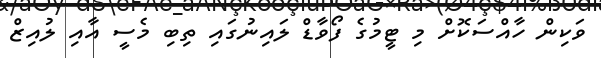
ވަކިން ހާއްސަކޮށް މި ޓީމުގެ ފޯވާޑް ލައިނުގައި ތިބި މެސީ އާއި ލުއިޒް